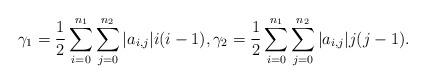
LaTeX: \begin{align*}\gamma_1= \frac{1}{2} \sum_{i=0}^{n_1}\sum_{j=0}^{n_2} |a_{i,j}| i(i-1), \gamma_2 = \frac{1}{2} \sum_{i=0}^{n_1}\sum_{j=0}^{n_2} |a_{i,j}| j(j-1).\end{align*}